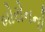
બોરોનનો